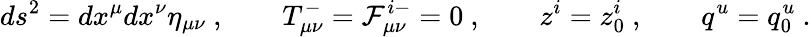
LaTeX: ds^{2}=dx^{\mu}dx^{\nu}\eta_{\mu\nu}\ ,\qquad T_{\mu\nu}^{-}={\cal F}_{\mu\nu}^{i-}=0\ ,\qquad z^{i}=z_{0}^{i}\ ,\qquad q^{u}=q_{0}^{u}\ .